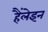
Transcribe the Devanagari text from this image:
हैंलेइन